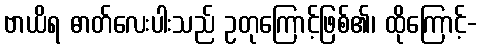
ဗာယိရ ဓာတ်လေးပါးသည် ဥတုကြောင့်ဖြစ်၏၊ ထိုကြောင့်-